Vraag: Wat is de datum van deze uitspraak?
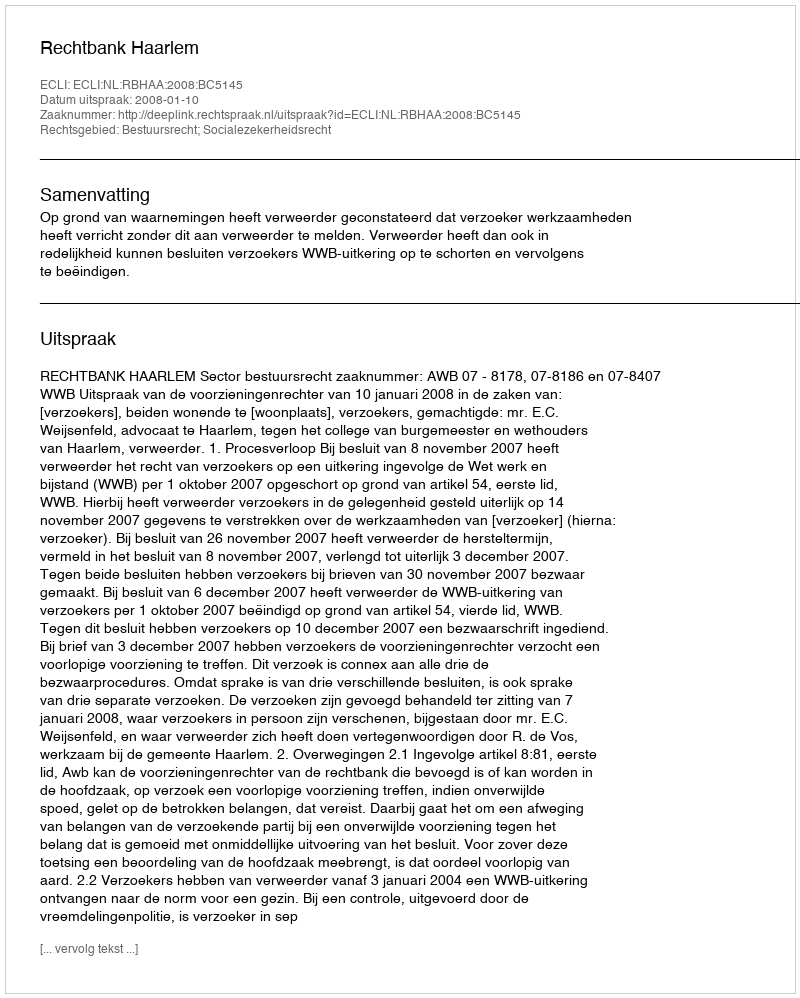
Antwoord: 2008-01-10